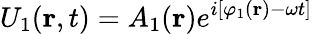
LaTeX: U_{1}(\mathbf{r},t)=A_{1}(\mathbf{r})e^{i[\varphi_{1}(\mathbf{r})-\omega t]}